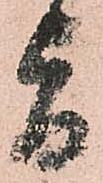
旨